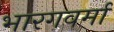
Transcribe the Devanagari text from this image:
भारगवर्मा